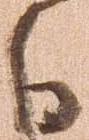
日